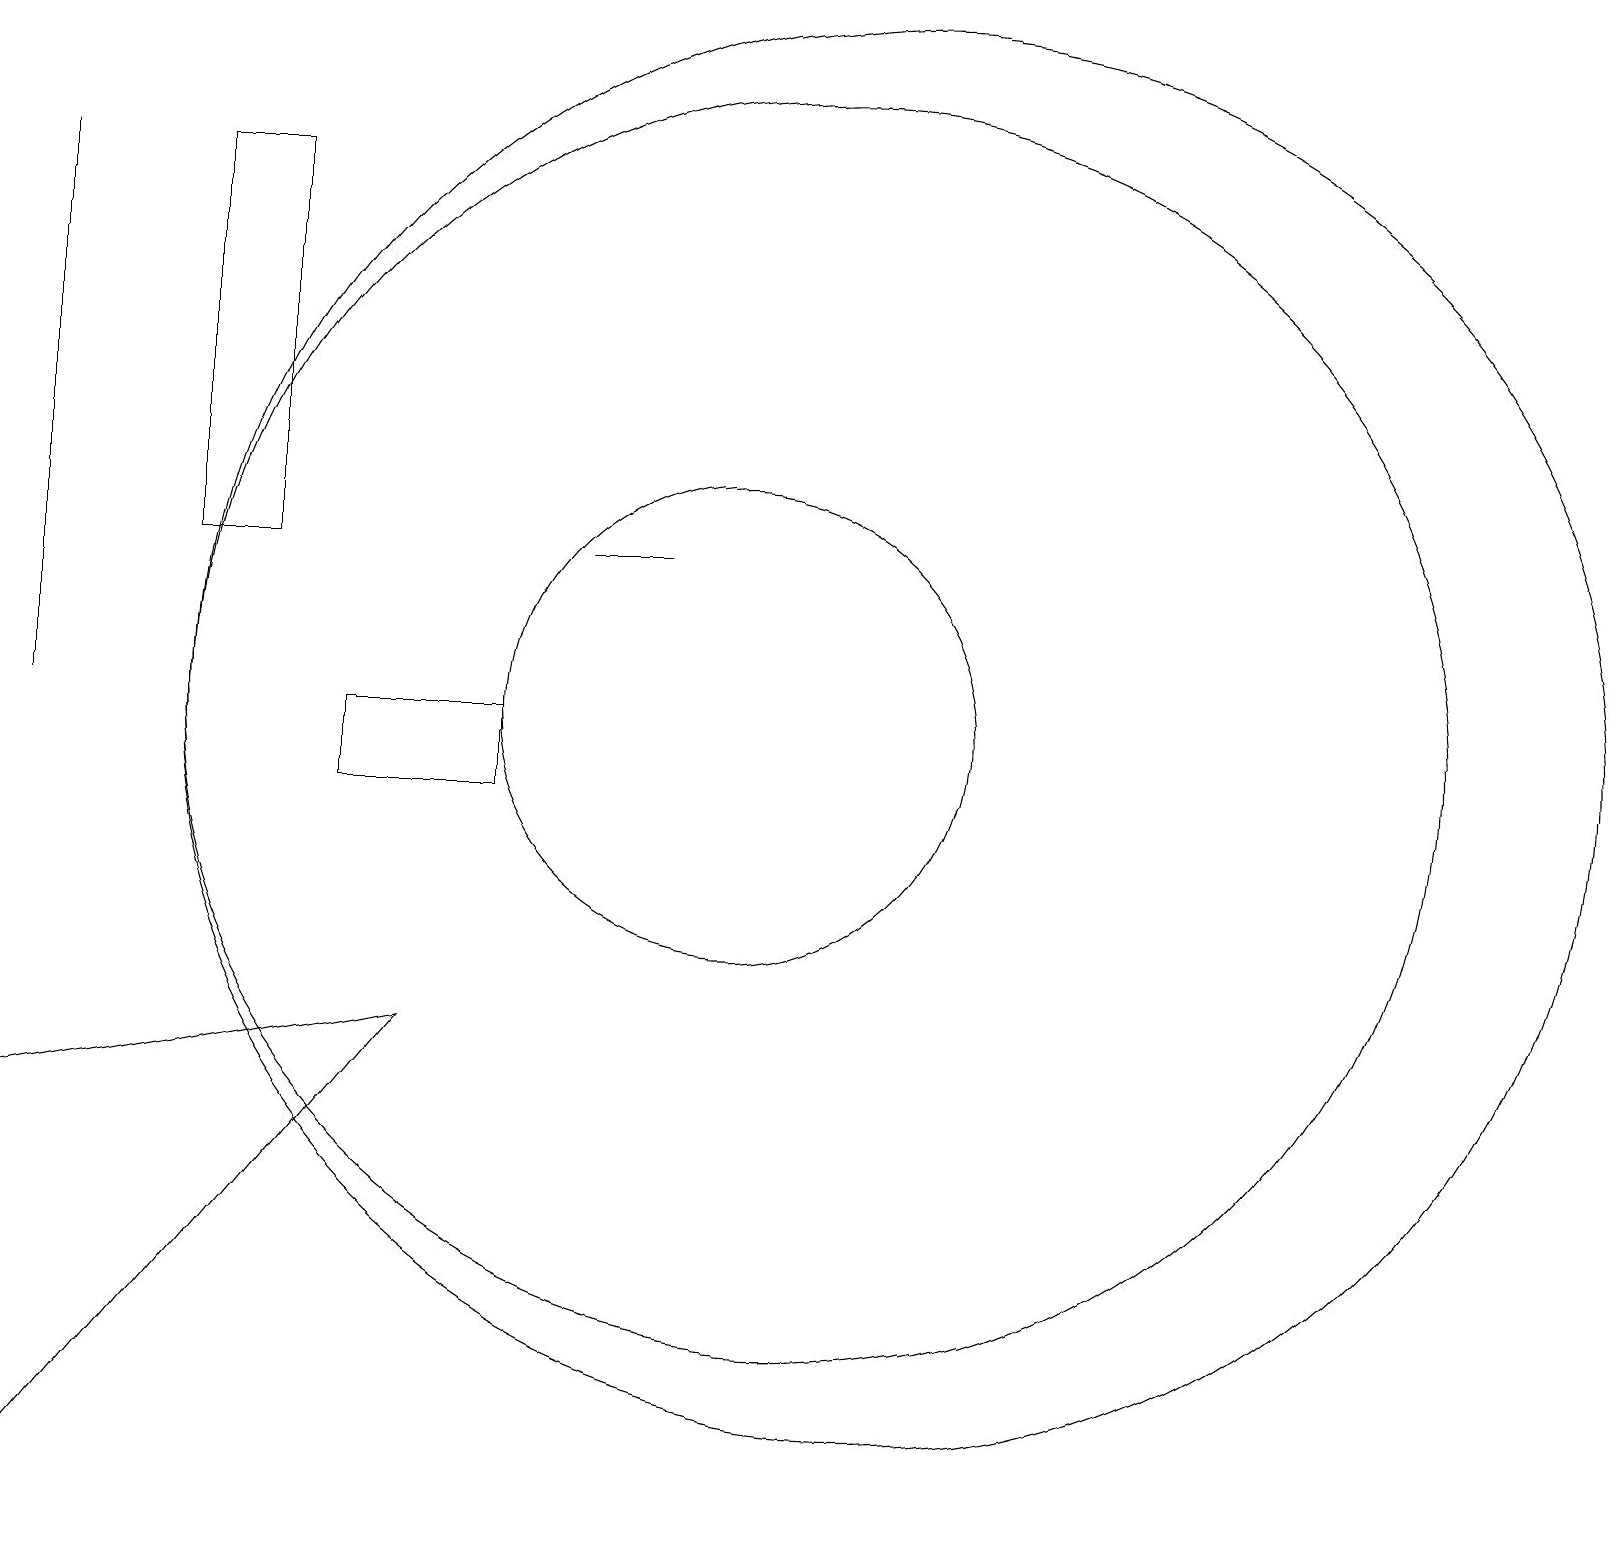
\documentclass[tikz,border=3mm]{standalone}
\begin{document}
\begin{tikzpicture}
\draw (4,13) rectangle (3,18);
\draw (10,11) circle (3);
\draw (12,11) circle (9);
\draw (9,13) rectangle (8,13);
\draw (1,11) rectangle (1,18);
\draw (1,6) -- (1,1) -- (6,7) -- cycle;
\draw (11,11) circle (8);
\draw (5,10) rectangle (7,11);
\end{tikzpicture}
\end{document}